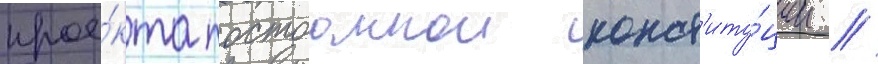
прое́кта постоаннои конст'иту́ции //